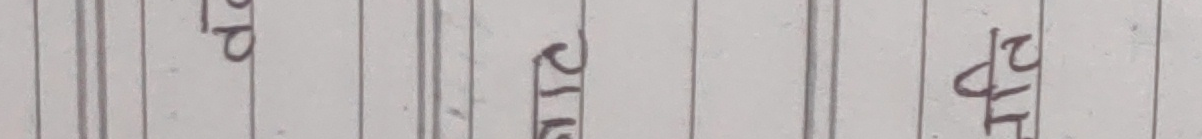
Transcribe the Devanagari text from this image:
आदर